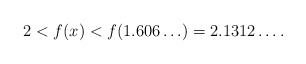
\begin{align*}2<f(x)<f(1.606\ldots)=2.1312\ldots.\end{align*}